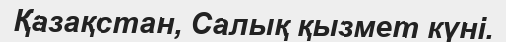
Қазақстан, Салық қызмет күні.